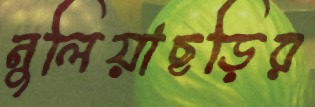
নুলিয়াছড়ির